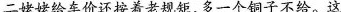
二姥姥给车价还按着老规矩，多一个铜子不给。这